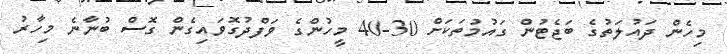
މިހެން ދައުލަތުގެ ބަޖެޓުން ގައުމުތަކަށް 30-40 މީހުންގެ ވަފްދުގޮވައިގެން ގޮސް ބުނާނެ މިހާރު